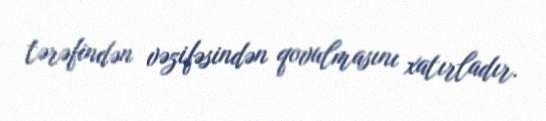
tərəfindən vəzifəsindən qovulmasını xatırladır.